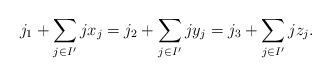
LaTeX: \begin{align*} j_1 + \sum_{j\in I'} jx_j = j_2 + \sum_{j\in I'} jy_j = j_3 + \sum_{j\in I'} jz_j.\end{align*}